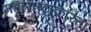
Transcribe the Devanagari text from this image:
महाराष्ट्राकरिता